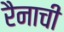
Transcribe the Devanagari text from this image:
रैनाची